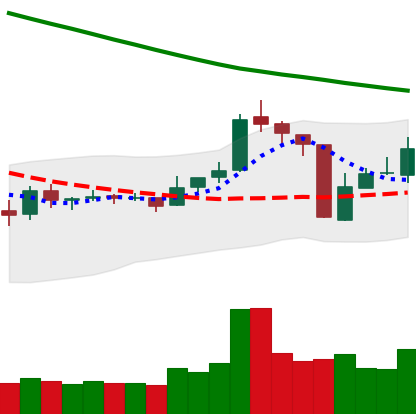
Ticker: TRX-USD
Chart end date: 2018-10-15
Forward return: -3.688%
Label: down_3_5